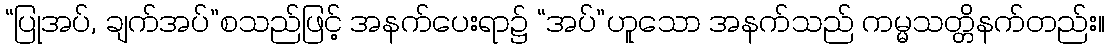
“ပြုအပ်, ချက်အပ်”စသည်ဖြင့် အနက်ပေးရာ၌ “အပ်”ဟူသော အနက်သည် ကမ္မသတ္တိနက်တည်း။